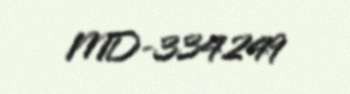
MD-334249